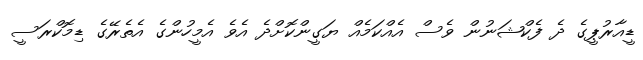
ޑީއާރުޕީގެ ދެ ފެކްޝަނުން ވެސް އެއްކަމެއް ޔަގީންކޮށްދެ އެވެ އެމީހުންގެ އެތެރޭގެ ޑިމޮކްރަސީ